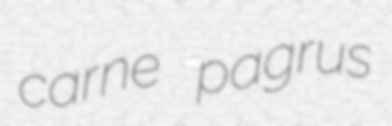
carne pagrus